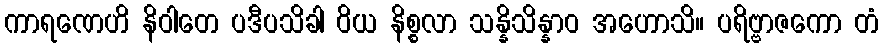
ကာရဏေဟိ နိဝါတေ ပဒီပသိခါ ဝိယ နိစ္စလာ သန္နိသိန္နာဝ အဟောသိ။ ပရိဗ္ဗာဇကော တံ